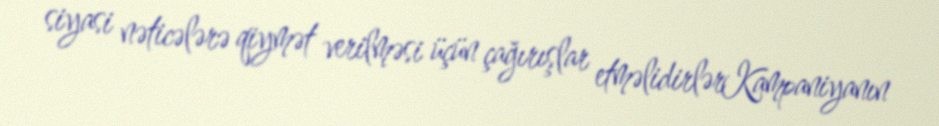
siyasi nəticələrə qiymət verilməsi üçün çağırışlar etməlidirlərKampaniyanın